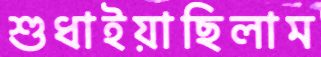
শুধাইয়াছিলাম